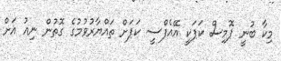
މިކާ ބުނީ ޕޮމިސް ކަޕަކީ އޭއެފްސީ ކަޕަށް ތައްޔާރުވުމުގެ ގޮތުން ނިއު އަށް